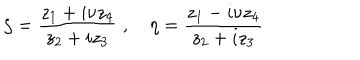
\zeta = \frac { z _ { 1 } + i \nu z _ { 4 } } { z _ { 2 } + i z _ { 3 } } \; , \quad \eta = \frac { z _ { 1 } - i \nu z _ { 4 } } { z _ { 2 } + i z _ { 3 } }